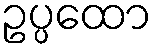
ဥပ္ပထော